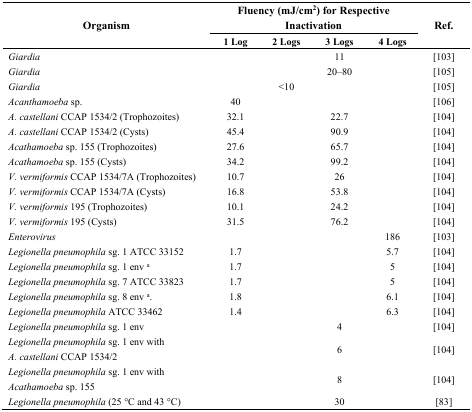
<table><thead><tr><td rowspan="2"><b>Organism</b></td><td colspan="4"><b>Fluency (mJ/cm<sup>2</sup>) for Respective Inactivation</b></td><td rowspan="2"><b>Ref.</b></td></tr><tr><td><b>1 Log</b></td><td><b>2 Logs</b></td><td><b>3 Logs</b></td><td><b>4 Logs</b></td></tr></thead><tbody><tr><td><i>Giardia</i></td><td></td><td></td><td>11</td><td></td><td>[103]</td></tr><tr><td><i>Giardia</i></td><td></td><td></td><td>20–80</td><td></td><td>[105]</td></tr><tr><td><i>Giardia</i></td><td></td><td>&lt;10</td><td></td><td></td><td>[105]</td></tr><tr><td><i>Acanthamoeba</i> sp.</td><td>40</td><td></td><td></td><td></td><td>[106]</td></tr><tr><td><i>A. castellani</i> CCAP 1534/2 (Trophozoites)</td><td>32.1</td><td></td><td>22.7</td><td></td><td>[104]</td></tr><tr><td><i>A. castellani</i> CCAP 1534/2 (Cysts)</td><td>45.4</td><td></td><td>90.9</td><td></td><td>[104]</td></tr><tr><td><i>Acathamoeba</i> sp. 155 (Trophozoites)</td><td>27.6</td><td></td><td>65.7</td><td></td><td>[104]</td></tr><tr><td><i>Acathamoeba</i> sp. 155 (Cysts)</td><td>34.2</td><td></td><td>99.2</td><td></td><td>[104]</td></tr><tr><td><i>V. vermiformis</i> CCAP 1534/7A (Trophozoites)</td><td>10.7</td><td></td><td>26</td><td></td><td>[104]</td></tr><tr><td><i>V. vermiformis</i> CCAP 1534/7A (Cysts)</td><td>16.8</td><td></td><td>53.8</td><td></td><td>[104]</td></tr><tr><td><i>V. vermiformis</i> 195 (Trophozoites)</td><td>10.1</td><td></td><td>24.2</td><td></td><td>[104]</td></tr><tr><td><i>V. vermiformis</i> 195 (Cysts)</td><td>31.5</td><td></td><td>76.2</td><td></td><td>[104]</td></tr><tr><td>Enterovirus</td><td></td><td></td><td></td><td>186</td><td>[103]</td></tr><tr><td><i>Legionella pneumophila</i> sg. 1 ATCC 33152</td><td>1.7</td><td></td><td></td><td>5.7</td><td>[104]</td></tr><tr><td><i>Legionella pneumophila</i> sg. 1 env <sup>a</sup></td><td>1.7</td><td></td><td></td><td>5</td><td>[104]</td></tr><tr><td><i>Legionella pneumophila</i> sg. 7 ATCC 33823</td><td>1.7</td><td></td><td></td><td>5</td><td>[104]</td></tr><tr><td><i>Legionella pneumophila</i> sg. 8 env <sup>a</sup>.</td><td>1.8</td><td></td><td></td><td>6.1</td><td>[104]</td></tr><tr><td><i>Legionella pneumophila</i> ATCC 33462</td><td>1.4</td><td></td><td></td><td>6.3</td><td>[104]</td></tr><tr><td><i>Legionella pneumophila</i> sg. 1 env</td><td></td><td></td><td>4</td><td></td><td>[104]</td></tr><tr><td><i>Legionella pneumophila</i> sg. 1 env with <i>A. castellani</i> CCAP 1534/2</td><td></td><td></td><td>6</td><td></td><td>[104]</td></tr><tr><td><i>Legionella pneumophila</i> sg. 1 env with <i>Acathamoeba</i> sp. 155</td><td></td><td></td><td>8</td><td></td><td>[104]</td></tr><tr><td><i>Legionella pneumophila</i> (25 °C and 43 °C)</td><td></td><td></td><td>30</td><td></td><td>[83]</td></tr></tbody></table>